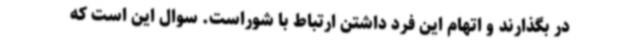
در بگذارند و اتهام این فرد داشتن ارتباط با شوراست. سوال این است که